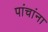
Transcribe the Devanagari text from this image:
पांचांना